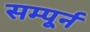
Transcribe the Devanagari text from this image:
सम्पूर्न